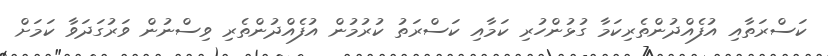
ކަސްރަތާއި އުފެއްދުންތެރިކަމާ ގުޅުންހުރި ކަމާއި ކަސްރަތު ކުރުމުން އުފެއްދުންތެރި ވިސްނުން ވަރުގަދަވާ ކަމަށް